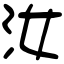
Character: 汝